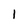
Character: 1